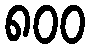
၈၀၀